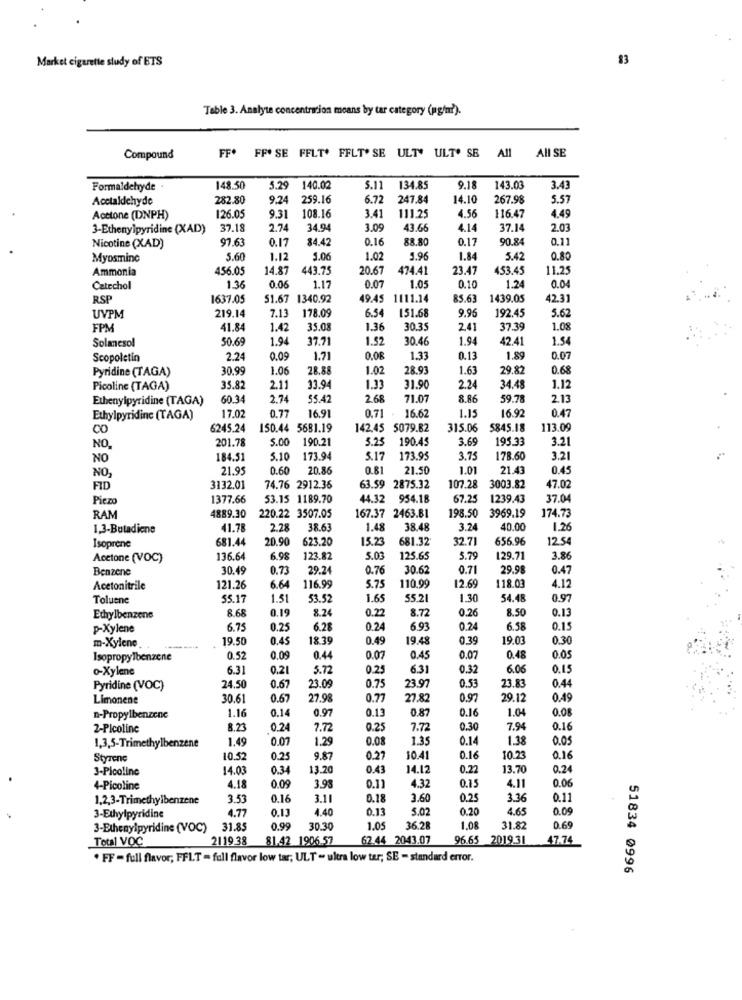
Market cigarette study of ETS
83
Table 3. Analyte concentration means by tar category (ugn?).
Compound
FF FF* SE FFLT' FFLT'SE ULT" ULT" SB All All SE
Formaldehyde
148.50
5.29
140.02
5.11
134.85
9.18
143.03
3.43
Acctaldehyde
282.80
9.24
259.16
6.72
247.84
14.10
267.98
5.57
3.41
116.47
4.49
Acetone (DNPH)
126.05
9.31
108.16
111.25
4.56
3-Ethenylpyridine (XAD)
37.19
2.7
34.94
3.09
43.66
4.14
37.14
2.03
97.63
0.17
84.42
0.16
88.80
0.17
90.84
0.11
Nicotine (XAD)
Myosminc
5.60
1.12
5.06
1.02
5.96
1.84
5.42
0.80
Ammonia
456.05
14.87
143.75
20.67
474.41
23.47
453.45
11.25
0.04
Catechol
1.36
0.06
1.17
0.07
1.05
0.10
1.24
RSP
1637.05
51.67 1340.92
49.45
1111.14
85.63
1439.05
42.31
6.54
151.68
9.96
192.45
5.62
UVPM
219.14
7.13
178.09
FPM
41.84
1.42
35.08
1.36
30.35
241
37.39
1.08
Solancsol
50.69
1.94
37.71
1.52
30.46
1.94
42.41
1.54
Scopoletin
2.24
0.09
1.71
0.08
1.33
0.13
1.89
0.07
Pyridine (TAGA)
30.99
1.06
28.88
1.02
28.93
1.63
29.82
0.68
Picoline (TAGA)
35.82
2.11
33.94
1.33
31.90
2.24
34.48
1.12
Ethenylpyridine (TAGA)
60.34
2.74
55.42
2.68
71.0
8.86
59.78
2.13
17.02
0.71
1.15
16.92
0.47
Ethylpyridinc (TAGA)
0.77
16.91
16.62
6245.24
150.44 5681.19
142.45 5079.82
315.06
5845.18
113.09
201.78
5.25
190.45
3.69
195.33
3.21
NO.
5.00 190.21
NO
184.51
5.10
173.94
5.17
173.95
3.75
178.60
3.21
21.95
0.60
20.86
0.81
21.50
1.01
21.43
0.45
NO,
FID
3132.01
74.76 2912.36
63.59 2875.32
107.28
3003.82
47.02
Piezo
1377.66
53.15 1189.70
44.32 954.18
67.25
1239.43
37.04
174.73
RAM
4889.30
220.22 3507.05
167.37 2463.81
198.50 3969.19
1,3-Butadiene
41.78
2.28
38.63
1.48
38.48
3.24
40.0
1.26
Isoprene
681.44
20.90
623.20
15.23
681.32
32.71
656.96
12.54
Acetone (VOC)
136.64
6.98
123.82
5.03
125.65
5.79
129.71
3.86
Benzene
30.49
0.73
29.24
0.76
30.62
0.71
29.98
0.47
6.64
5.75
110,99
118.03
4.12
Acetonitrile
121.26
116.99
12.69
Toluene
55.17
1.51
53.52
1.65
55.21
1.30
54.48
0.97
8.68
0.19
8.24
0.22
8.72
0.26
8.50
0.13
Ethylbenzene
p-Xylene
6.75
0.25
6.28
0.24
6.93
0.24
6.58
0.15
m-Xylene
19.50
0.45
18.39
0.49
19.48
0.39
19.0
0.30
Isopropylbenzene
0.52
0.09
0.44
0.07
0.45
0.07
0.48
0.05
o-Xylene
6.31
0.21
5.72
0.25
6.31
0.32
6.06
0,15
0.53
23.83
0.44
Pyridine (VOC)
24.50
0.67
23.09
0.75
23.97
Limonene
30.61
0.67
27.98
0.77
27.82
0.97
29.12
0.49
1.16
0.14
0.97
0.13
0.87
0.16
1.04
0.08
n-Propylbenzene
2-Picoline
8.23
0.24
7.72
0.25
7.72
0.30
7.94
0.16
1.49
0.07
1.29
0.08
1.35
0.14
1.38
0.05
1,3,5-Trimethylbenzene
Styrene
10.52
0.25
9.87
0.27
30.41
0.16
10.23
0.16
3-Picoline
14.01
0.34
3.20
0.43
14.12
0.22
13.70
0.24
4-Picoline
4.18
0.09
3.93
0.11
4.32
0.15
4.11
0.06
1.2,3-Trimethylbenzene
3.53
0.16
3.11
0.18
3.60
0.25
3.36
0.11
4.77
0.13
4.40
0.13
5.02
0.20
4.65
0.09
3-Ethylpyridine
3-Ethenylpyridine (VOC)
31.85
0.99
30.30
1.05
36.28
1.08
31.82
0.69
Total VOC
2119 38
81.42 1906.57
62.44 2043.07
96.65 2019.31
47.74
. FF = full flavor; FFLT - full flavor low tar; ULT - ultra low tar; SE - standard error.
51834 0996